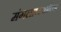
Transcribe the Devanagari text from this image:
मंगलाष्टकांच्या